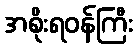
အစိုးရဝန်ကြီး